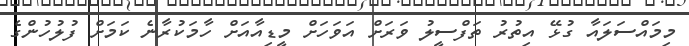
މިމައްސަލައާ ގުޅޭ އިތުރު ތަފްސީލު ވަރަށް އަވަހަށް މީޑިއާއަށް ހާމަކުރާނެ ކަމަށް ފުލުހުންގެ